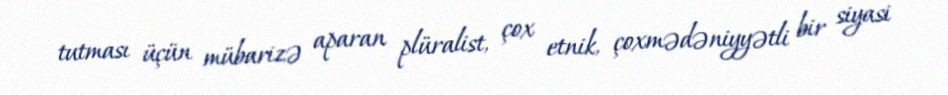
tutması üçün mübarizə aparan plüralist, çox etnik, çoxmədəniyyətli bir siyasi